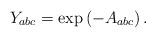
LaTeX: \begin{align*}Y_{abc}=\exp\left(-A_{abc}\right).\end{align*}